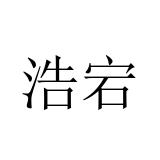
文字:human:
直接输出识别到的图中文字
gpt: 浩宕